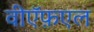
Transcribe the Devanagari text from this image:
वीऍफ़एल